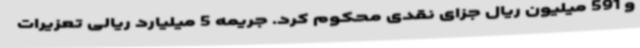
و 591 میلیون ریال جزای نقدی محکوم کرد. جریمه 5 میلیارد ریالی تعزیرات